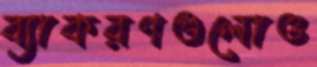
ব্যাকরণগুলোও